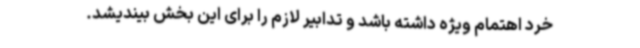
خرد اهتمام ویژه داشته باشد و تدابیر لازم را برای این بخش بیندیشد.